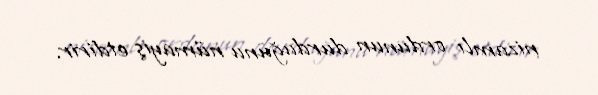
nizamlı ordunun durduğunu nümayiş etdirir.